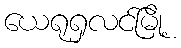
ယေရုရှလင်မြို့